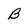
Character: B